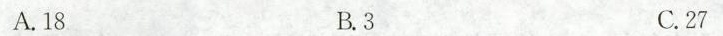
A.18 B.3 C.27